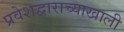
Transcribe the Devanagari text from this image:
प्रवेशद्वाराच्याखाली